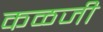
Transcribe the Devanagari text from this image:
कळजी